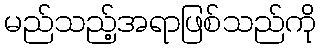
မည်သည့်အရာဖြစ်သည်ကို